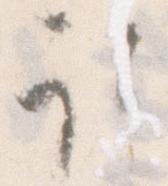
取